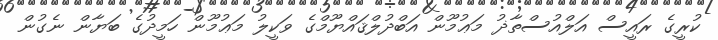
ކުރީގެ ރައީސް އަލްއުސްތާޛު މަޢުމޫން އަބްދުލްޤައްޔޫމްގެ ވަކީލު މަޢުމޫން ހަމީދުގެ ބަޔާން ނެގުން